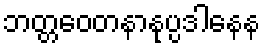
ဘတ္တဝေတနာနုပ္ပဒါနေန